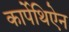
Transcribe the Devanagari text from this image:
कार्पेथिऐन